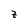
Character: Z